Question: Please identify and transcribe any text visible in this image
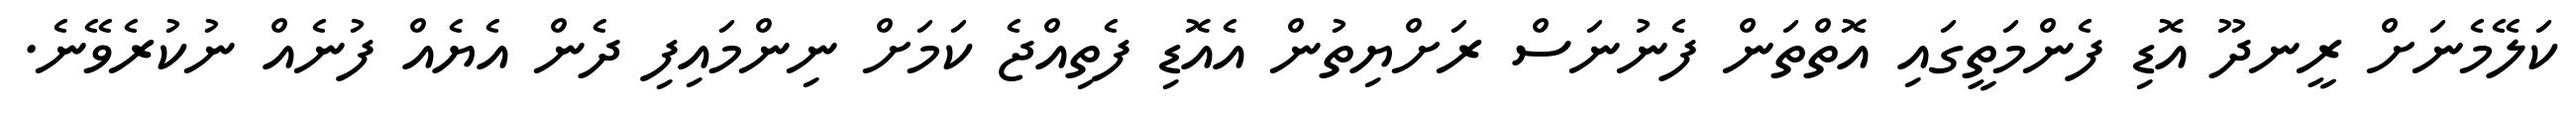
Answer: ކަލޭމެނަށް ރީނދޫ އޮޑި ފެންމަތީގައި އޮތްތަން ފެނުނަސް ރަށްޔިތުން އެއޮޑި ފެތިއްޖެ ކަމަށް ނިންމައިފި ދެން އެޔެއް ފުނެއް ނުކުރެވޭނެ.